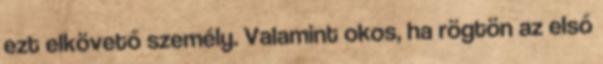
ezt elkövető személy. Valamint okos, ha rögtön az első